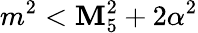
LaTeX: m^{2}<\mathbf{M}_{5}^{2}+2\alpha^{2}